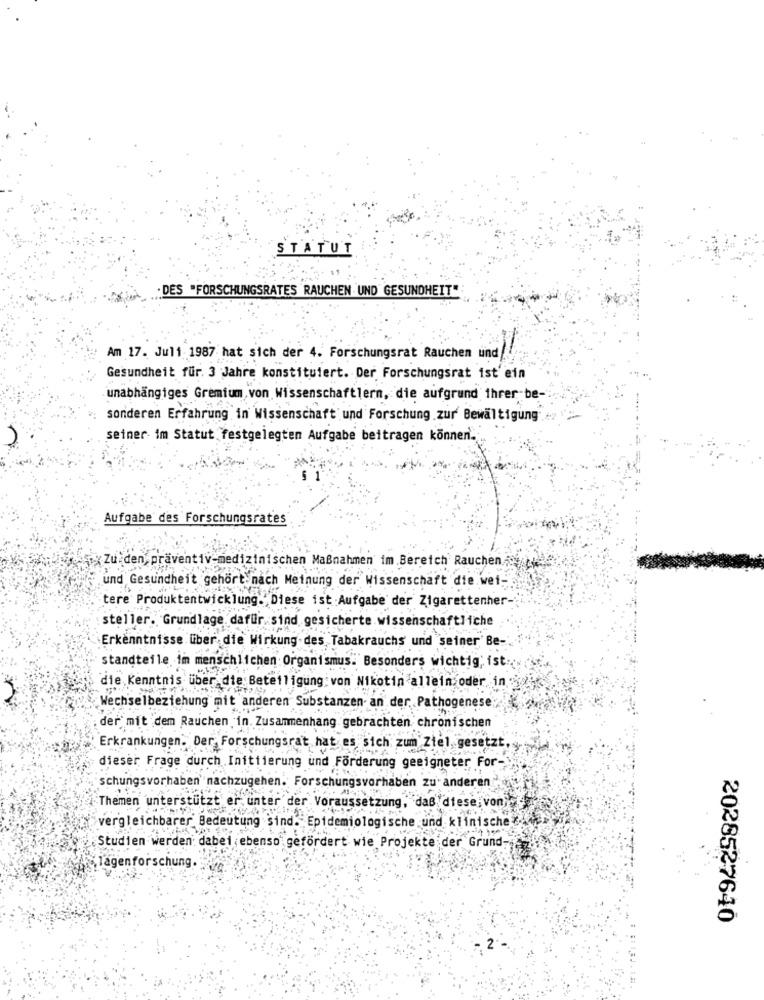
STATUT
DES "FORSCHUNGSRATES RAUCHEN UND GESUNDHEIT"
Am 17. Juli 1987 hat sich der 4. Forschungsrat Rauchen und/
Gesundheit für. 3 Jahre konstituiert. Der Forschungsrat ist ein
unabhängiges Gremium, von Wissenschaftlern, die aufgrund ihrer be-
sonderen Erfahrung in Wissenschaft und Forschung zur Bewältigung
seiner im Statut festgelegten Aufgabe beitragen könneni ..
Aufgabe des Forschungsrates
XZu den, präventiv-medizinischen Maßnahmen im Bereich' Rauchen
und Gesundheit gehört nach Meinung der Wissenschaft die wet-
tere Produktentwicklung. Diese ist:Aufgabe der Zigarettenher-
steller. Grundlage dafür sind gesicherte wissenschaftliche
Erkenntnisse über die Wirkung des Tabakrauchs und seiner'Be-
standteile im menschlichen Organismus. Besonders wichtig; ist
die Kenntnis uber die Beteiligung von Nikotin allein oder in
Wechselbeziehung mit anderen Substanzen an der Pathogenese:
der mit dem Rauchen in. Zusammenhang gebrachten chronischen
Erkrankungen. Der Forschungsrat hat es sich zum Ziel, gesetzt,
dieser Frage durch Initiierung und Forderung geeigneter For-
schungsvorhaben nachzugehen. Forschungsvorhaben zu anderen
Themen unterstützt er unter der Voraussetzung, das diese, von
vergleichbarer Bedeutung sind. Epidemiologische und klinische
Studien werden dabei,ebenso gefördert wie Projekte der Grund-
lagenforschung.
2028527640